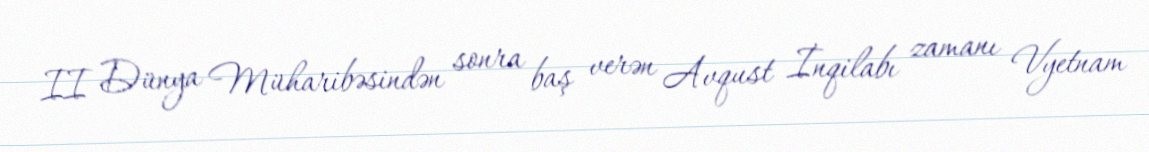
II Dünya Müharibəsindən sonra baş verən Avqust İnqilabı zamanı Vyetnam